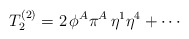
\begin{align*}T_2^{(2)}=2\,\phi^A\pi^A\,\eta^1\eta^4+\cdots\end{align*}